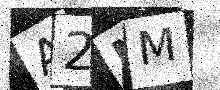
Text: A2NM